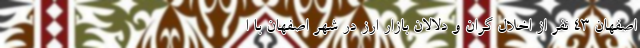
اصفهان ۴۳ نفر از اخلال گران و دلالان بازار ارز در شهر اصفهان با ا